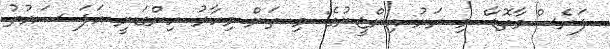
ފަރެސްމާތޮޑާ: މި ރަށު އިންޖީނުގެ: މި ތަން މިހާރު ހިންގަނީ އަޕަ ސައުތު